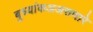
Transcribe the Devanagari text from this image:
बुध्यांकअअसणारे